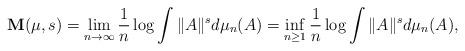
LaTeX: \begin{align*}\mathbf{M}(\mu,s)=\lim_{n \to \infty} \frac{1}{n}\log \int \|A\|^sd\mu_n(A)=\inf_{n \geq 1} \frac{1}{n}\log \int \|A\|^sd\mu_n(A),\end{align*}